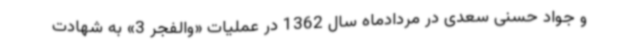
و جواد حسنی سعدی در مردادماه سال 1362 در عملیات «والفجر 3» به شهادت